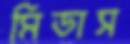
মিডাস